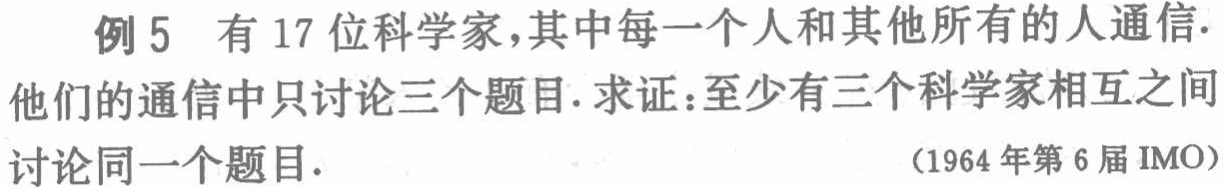
例5 有 17 位科学家，其中每一个人和其他所有的人通信. 他们的通信中只讨论三个题目. 求证：至少有三个科学家相互之间讨论同一个题目.

（1964 年第 6 届 IMO）